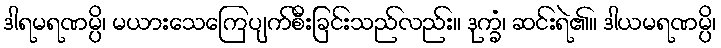
ဒါရမရဏမ္ပိ၊ မယားသေကြေပျက်စီးခြင်းသည်လည်း။ ဒုက္ခံ၊ ဆင်းရဲ၏။ ဒါယမရဏမ္ပိ၊